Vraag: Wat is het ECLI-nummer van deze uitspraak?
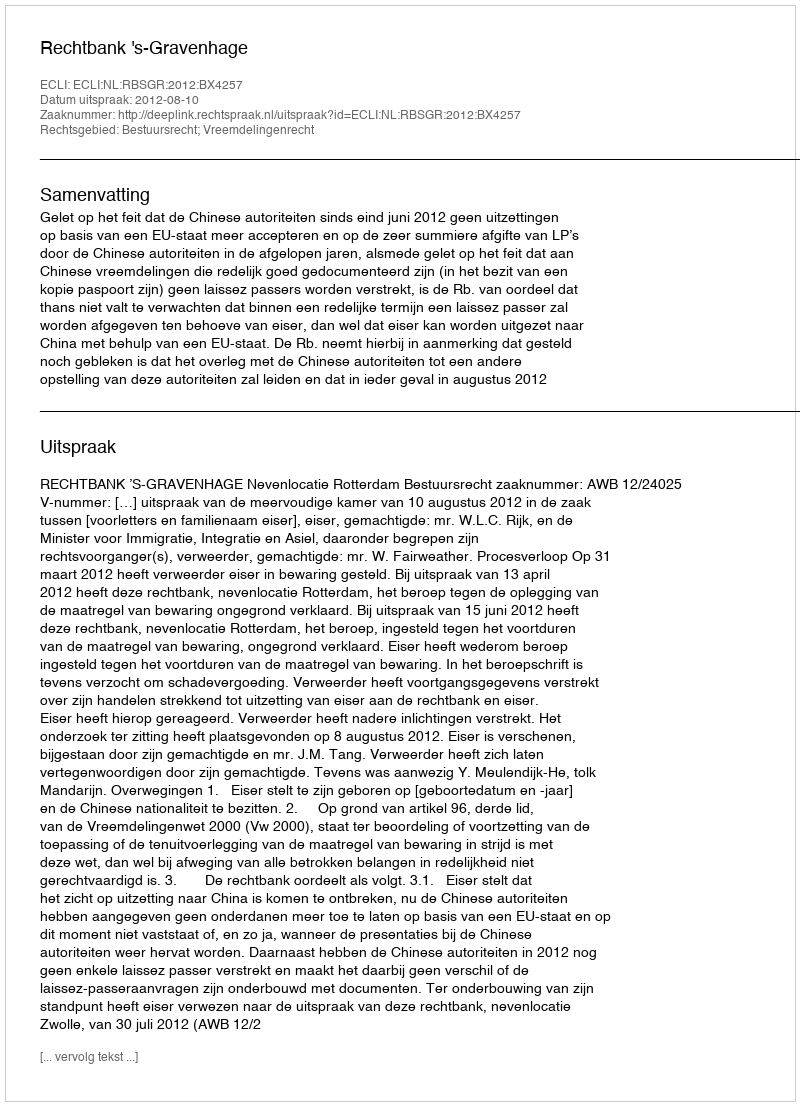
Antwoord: ECLI:NL:RBSGR:2012:BX4257